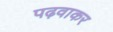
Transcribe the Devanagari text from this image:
पढ़वाकर